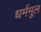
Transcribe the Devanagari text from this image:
धर्ममूल